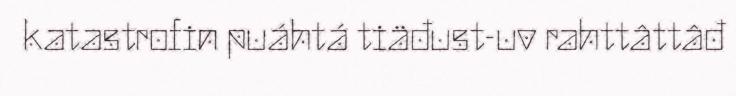
katastrofin puáhtá tiäđust-uv rahttâttâđ